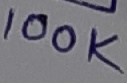
Text: 100K